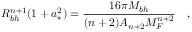
R _ { b h } ^ { n + 1 } ( 1 + a _ { * } ^ { 2 } ) = \frac { 1 6 \pi M _ { b h } } { ( n + 2 ) A _ { n + 2 } M _ { F } ^ { n + 2 } } \quad ,